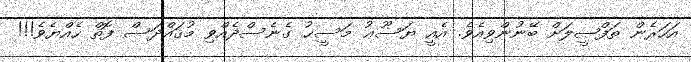
އަހަރެން ތަފްޞީލަށް ބޭނުންވިއެވެ. އެއީ ޔަސޫޢު މަސީޙު ގެނެސްދެއްވި މުޤައްދަސް ފޮތް ހެއްޔެވެ!!!